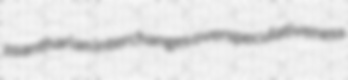
zoantharian interchanges overspeculativeness